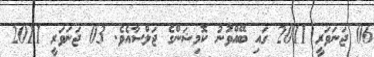
06 ޖަނަވަރީ 2011 ގައި ބޭއްވުނު ކޮމިޝަންގެ ޖަލްސާއެވެ. 03 ޖަނަވަރީ 2011